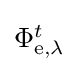
{\textstyle \Phi _{\mathrm {e} ,\lambda }^{t}}